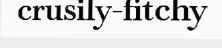
crusily-fitchy